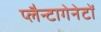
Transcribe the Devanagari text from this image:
प्लैन्टागेनेटों